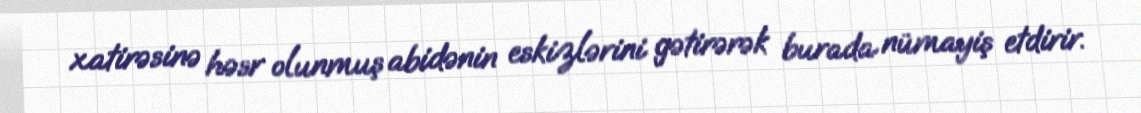
xatirəsinə həsr olunmuş abidənin eskizlərini gətirərək burada nümayiş etdirir.